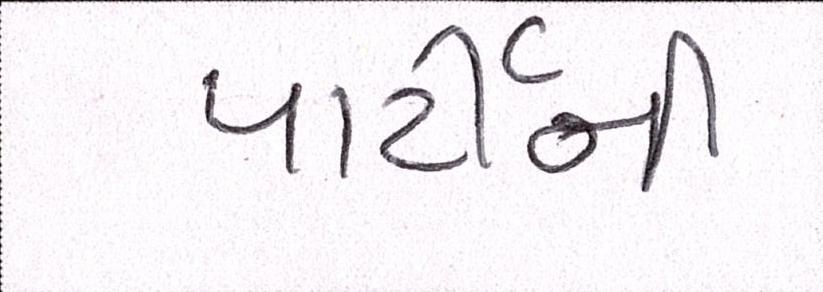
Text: પાર્ટીની